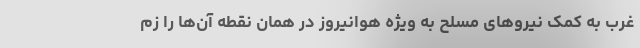
غرب به کمک نیروهای مسلح به ویژه هوانیروز در همان نقطه آن‌ها را زم